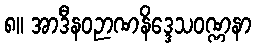
၈။ အာဒီနဝဉာဏနိဒ္ဒေသဝဏ္ဏနာ